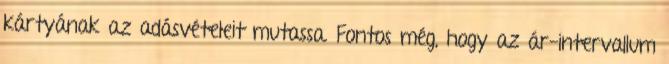
kártyának az adásvételeit mutassa. Fontos még, hogy az ár-intervallum